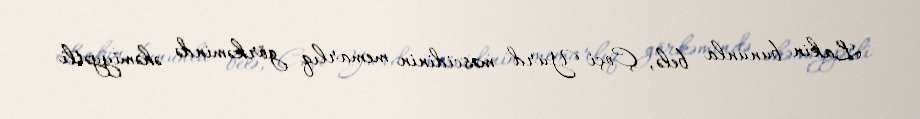
Lakin bununla belə, Çoçi Yurd məscidinin memarlıq görkəmində əhəmiyyətli